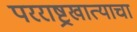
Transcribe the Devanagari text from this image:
परराष्ट्रखात्याचा